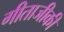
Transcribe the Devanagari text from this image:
गीताजीकी